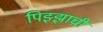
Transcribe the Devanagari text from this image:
पिझ्झाची